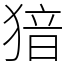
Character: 𤟟